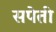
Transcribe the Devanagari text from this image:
सपेती